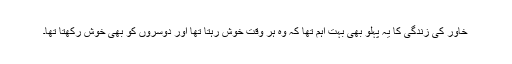
خاور کی زندگی کا یہ پہلو بھی بہت اہم تھا کہ وہ ہر وقت خوش رہتا تھا اور دوسروں کو بھی خوش رکھتا تھا۔